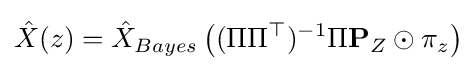
{\hat {X}}(z)={\hat {X}}_{Bayes}\left((\Pi \Pi ^{\top })^{-1}\Pi \mathbf {P} _{Z}\odot \pi _{z}\right)